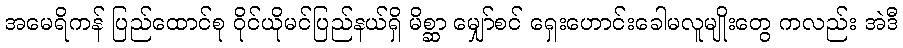
အမေရိကန် ပြည်ထောင်စု ဝိုင်ယိုမင်ပြည်နယ်ရှိ မိစ္ဆာ မျှော်စင် ရှေးဟောင်းခေါမလူမျိုးတွေ ကလည်း အဲဒီ